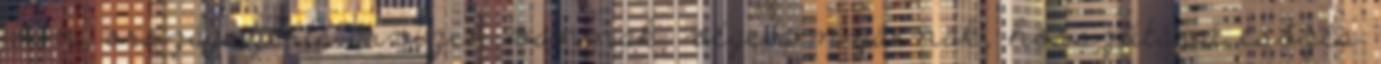
van, országszerte árvizek vannak. vége a nyárnak, hosszútávú esőzés